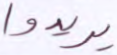
يريدوا